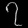
Digit: ၇